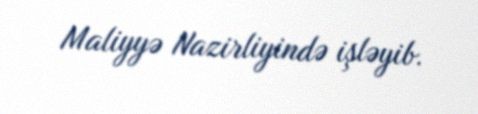
Maliyyə Nazirliyində işləyib.